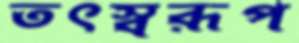
তৎস্বরূপ